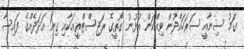
ގަމު ސިނާއީ ސަރަހައްދުން ވިއްކަން އުޅުނު ގޯތީގެ ރަޖިސްޓްރީއަކާއި ގިނަ އަދަދެއްގެ ފައިސާ